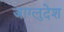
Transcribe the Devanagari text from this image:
जाग्लुदेश